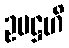
ဥပဋ္ဌဟိ